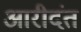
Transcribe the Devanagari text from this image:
आरीदंत